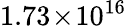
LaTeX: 1.73\! \times\! 10^{16}